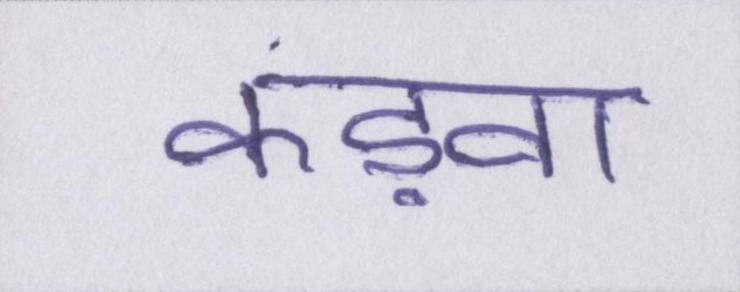
कड़वा